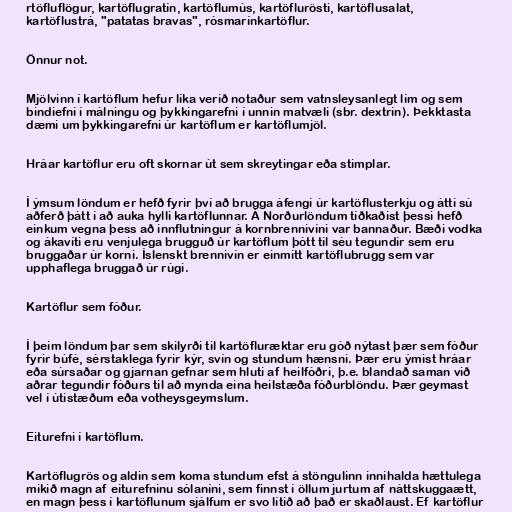
rtöfluflögur, kartöflugratín, kartöflumús, kartöflurösti, kartöflusalat,
kartöflustrá, "patatas bravas", rósmarínkartöflur.

Önnur not.

Mjölvinn í kartöflum hefur líka verið notaður sem vatnsleysanlegt lím og sem
bindiefni í málningu og þykkingarefni í unnin matvæli (sbr. dextrín). Þekktasta
dæmi um þykkingarefni úr kartöflum er kartöflumjöl.

Hráar kartöflur eru oft skornar út sem skreytingar eða stimplar.

Í ýmsum löndum er hefð fyrir því að brugga áfengi úr kartöflusterkju og átti sú
aðferð þátt í að auka hylli kartöflunnar. Á Norðurlöndum tíðkaðist þessi hefð
einkum vegna þess að innflutningur á kornbrennivíni var bannaður. Bæði vodka
og ákavíti eru venjulega brugguð úr kartöflum þótt til séu tegundir sem eru
bruggaðar úr korni. Íslenskt brennivín er einmitt kartöflubrugg sem var
upphaflega bruggað úr rúgi.

Kartöflur sem fóður.

Í þeim löndum þar sem skilyrði til kartöfluræktar eru góð nýtast þær sem fóður
fyrir búfé, sérstaklega fyrir kýr, svín og stundum hænsni. Þær eru ýmist hráar
eða súrsaðar og gjarnan gefnar sem hluti af heilfóðri, þ.e. blandað saman við
aðrar tegundir fóðurs til að mynda eina heilstæða fóðurblöndu. Þær geymast
vel í útistæðum eða votheysgeymslum.

Eiturefni í kartöflum.

Kartöflugrös og aldin sem koma stundum efst á stöngulinn innihalda hættulega
mikið magn af eiturefninu sólaníni, sem finnst í öllum jurtum af náttskuggaætt,
en magn þess í kartöflunum sjálfum er svo lítið að það er skaðlaust. Ef kartöflur